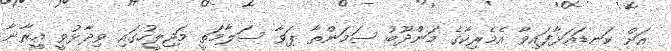
އަށް ކަނޑައަޅާފައިވާ އެމެރިކާގެ މަންދޫބު ސަމަންތާ ޕަވާ ސަލާމަތީ މަޖިލީހުގައި ވިދާޅުވީ އީރާނާ